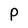
Character: P